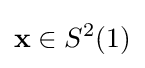
\mathbf {x} \in S^{2}(1)